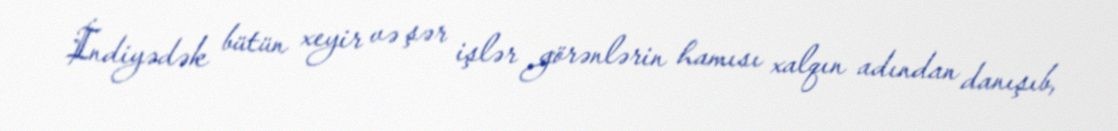
İndiyədək bütün xeyir və şər işlər görənlərin hamısı xalqın adından danışıb,